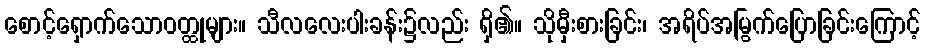
စောင့်ရှောက်သောဝတ္ထုများ။ သီလလေးပါးခန်း၌လည်း ရှိ၏။ သိုမှီးစားခြင်း၊ အရိပ်အမြွက်ပြောခြင်းကြောင့်